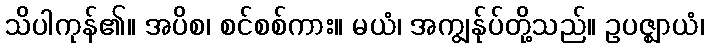
သိပါကုန်၏။ အပိစ၊ စင်စစ်ကား။ မယံ၊ အကျွန်ုပ်တို့သည်။ ဥပဇ္ဈာယံ၊